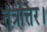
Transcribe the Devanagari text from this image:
तंत्रोत्तर।